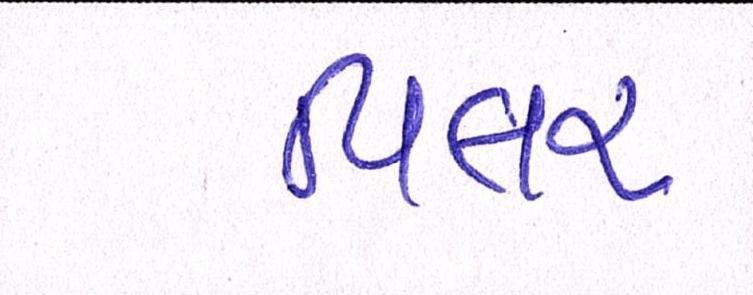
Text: પિલર